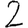
Digit: 2